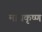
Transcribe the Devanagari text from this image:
माघकृष्ण